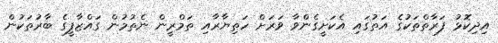
އިދިކޮޅު ފަރާތްތަކުގެ އަތުގައި އެކަށީގެންވާ ވަރަށް ހަތިޔާރާއި ތަމްރީން ނެތުމުން ގައްޒާފީގެ ބާރުތަކުން